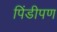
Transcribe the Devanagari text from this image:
पिंडीपण